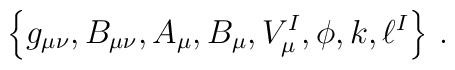
\left\{g_{\mu\nu}, B_{\mu\nu}, A_{\mu}, B_{\mu}, V_{\mu}^{I}, \phi, k,\ell^{I}\right\}\, .